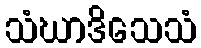
သံဃာဒိသေသံ